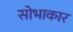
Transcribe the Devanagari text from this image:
सोभाकार